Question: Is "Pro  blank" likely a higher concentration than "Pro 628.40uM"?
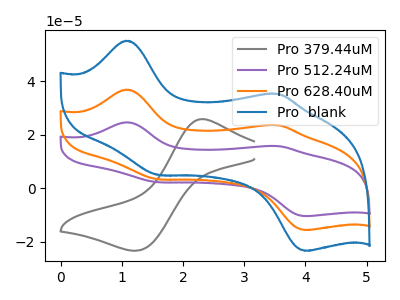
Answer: <think>The gray curve "Pro 379.44uM" has an anodic peak at (2.30V, 25.85uA) and a cathodic peak at (1.25V, -23.40uA). The purple curve "Pro 512.24uM" has anodic peaks at (1.05V, 73.80uA) (3.55V, 47.20uA) and cathodic peaks at (1.60V, 6.60uA) (4.00V, -31.35uA). The orange curve "Pro 628.40uM" has anodic peaks at (1.05V, 36.90uA) (3.55V, 23.60uA) and cathodic peaks at (1.60V, 3.30uA) (4.00V, -15.65uA). The blue curve "Pro  blank" has anodic peaks at (1.05V, 55.20uA) (3.55V, 35.30uA) and cathodic peaks at (1.60V, 4.95uA) (4.00V, -23.45uA).
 All the peaks in "Pro  blank" have a peak in "Pro 628.40uM" at the same potential.</think>
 <answer>I cant tell if "Pro  blank" or "Pro 628.40uM" has more signal.</answer>
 <eval>mixed_signal</eval>